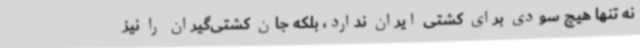
نه تنها هیچ سودی برای کشتی ایران ندارد، بلکه جان کشتی‌گیران را نیز